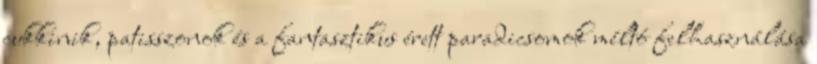
cukkinik, patisszonok és a fantasztikus érett paradicsomok méltó felhasználása